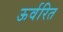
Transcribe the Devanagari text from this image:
ऊर्वरित